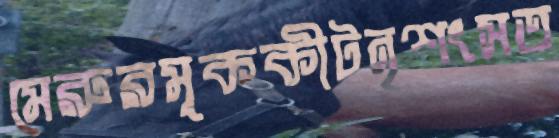
মেরুরমূককীটনৃশংসত